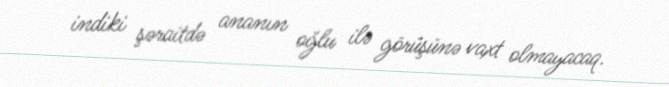
indiki şəraitdə ananın oğlu ilə görüşünə vaxt olmayacaq.